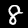
Label: 8